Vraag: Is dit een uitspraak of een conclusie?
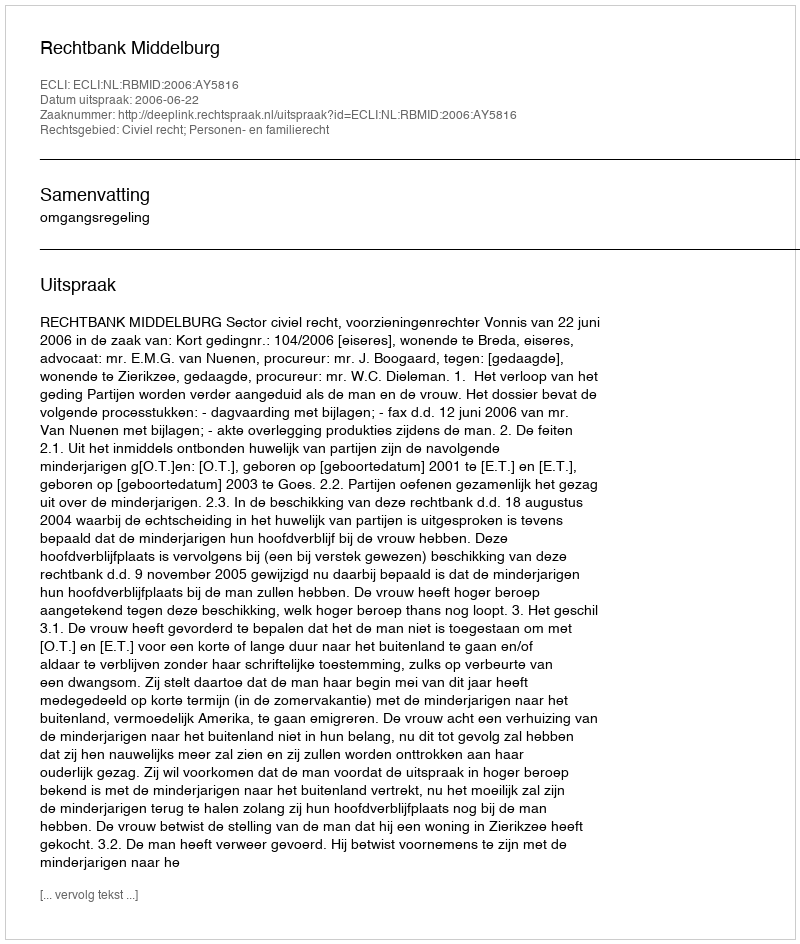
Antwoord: Uitspraak